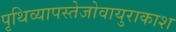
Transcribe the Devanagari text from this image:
पृथिव्यापस्तेजोवायुराकाश